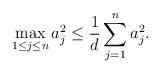
LaTeX: \begin{align*}\max_{1\leq j \leq n}a_j^2\leq \frac{1}{d}\sum_{j=1}^{n}a_j^2.\end{align*}